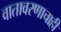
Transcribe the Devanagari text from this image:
वातावरणाचाही